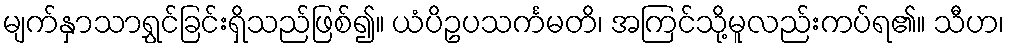
မျက်နှာသာရွှင်ခြင်းရှိသည်ဖြစ်၍။ ယံပိဥပသင်္ကမတိ၊ အကြင်သို့မူလည်းကပ်ရ၏။ သီဟ၊